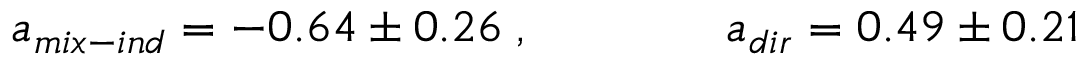
a _ { m i x - i n d } = - 0 . 6 4 \pm 0 . 2 6 \; , ~ ~ ~ ~ ~ ~ ~ ~ ~ ~ ~ ~ a _ { d i r } = 0 . 4 9 \pm 0 . 2 1